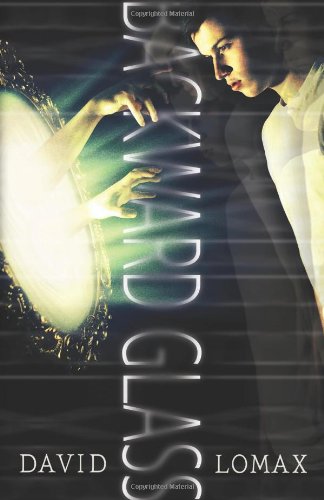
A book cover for Backward Glass; David Lomax; Humor & Entertainment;